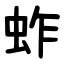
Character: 蚱